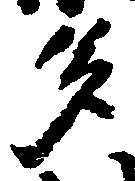
多